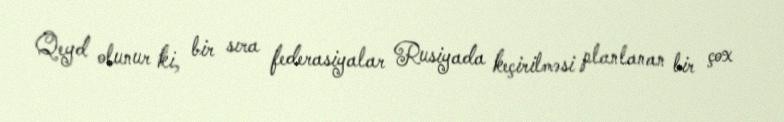
Qeyd olunur ki, bir sıra federasiyalar Rusiyada keçirilməsi planlanan bir çox